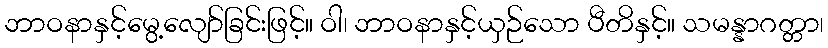
ဘာဝနာနှင့်မွေ့လျော်ခြင်းဖြင့်။ ဝါ၊ ဘာဝနာနှင့်ယှဉ်သော ပီတိနှင့်။ သမန္နာဂတ္တာ၊